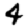
Digit: 4